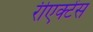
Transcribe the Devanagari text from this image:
रीएक्टेंस